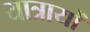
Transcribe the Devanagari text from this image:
यात्रायों